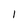
Character: I